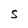
Character: S